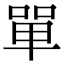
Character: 單